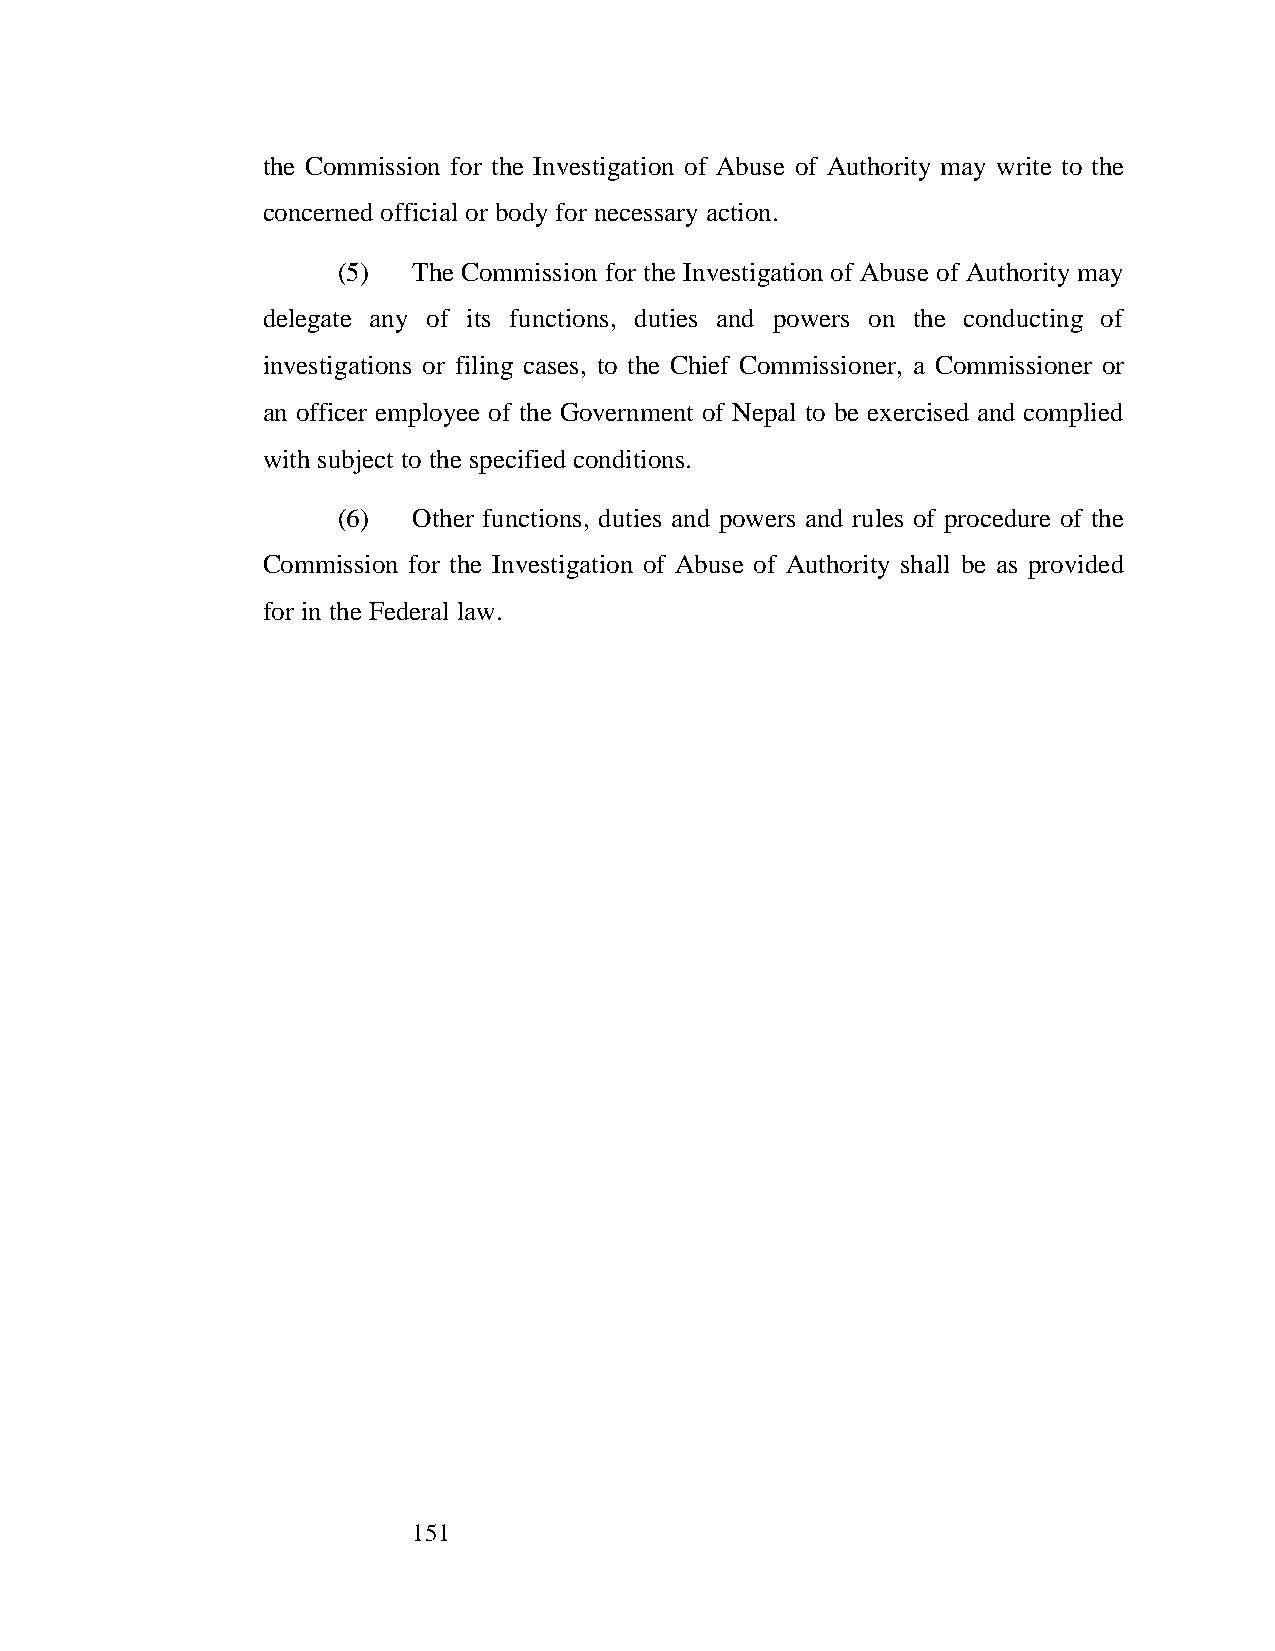
the Commission for the Investigation of Abuse of Authority may write to the
 concerned official or body for necessary action.
 (5)  The Commission for the Investigation of Abuse of Authority may
 delegate any of its functions, duties and powers on the conducting of
 investigations or filing cases, to the Chief Commissioner, a Commissioner or
 an officer employee of the Government of Nepal to be exercised and complied
 with subject to the specified conditions.
 (6)  Other functions, duties and powers and rules of procedure of the
 Commission for the Investigation of Abuse of Authority shall be as provided
 for in the Federal law.
 151